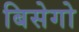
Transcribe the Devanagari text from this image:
बिसेगो